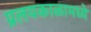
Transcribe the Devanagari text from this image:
प्रलयकाळामध्ये